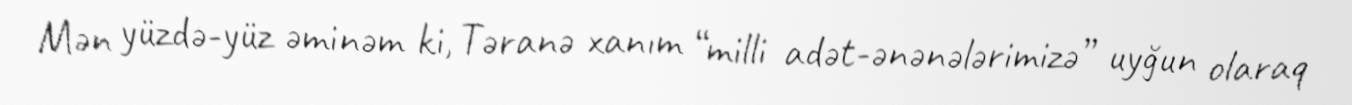
Mən yüzdə-yüz əminəm ki, Təranə xanım “milli adət-ənənələrimizə” uyğun olaraq